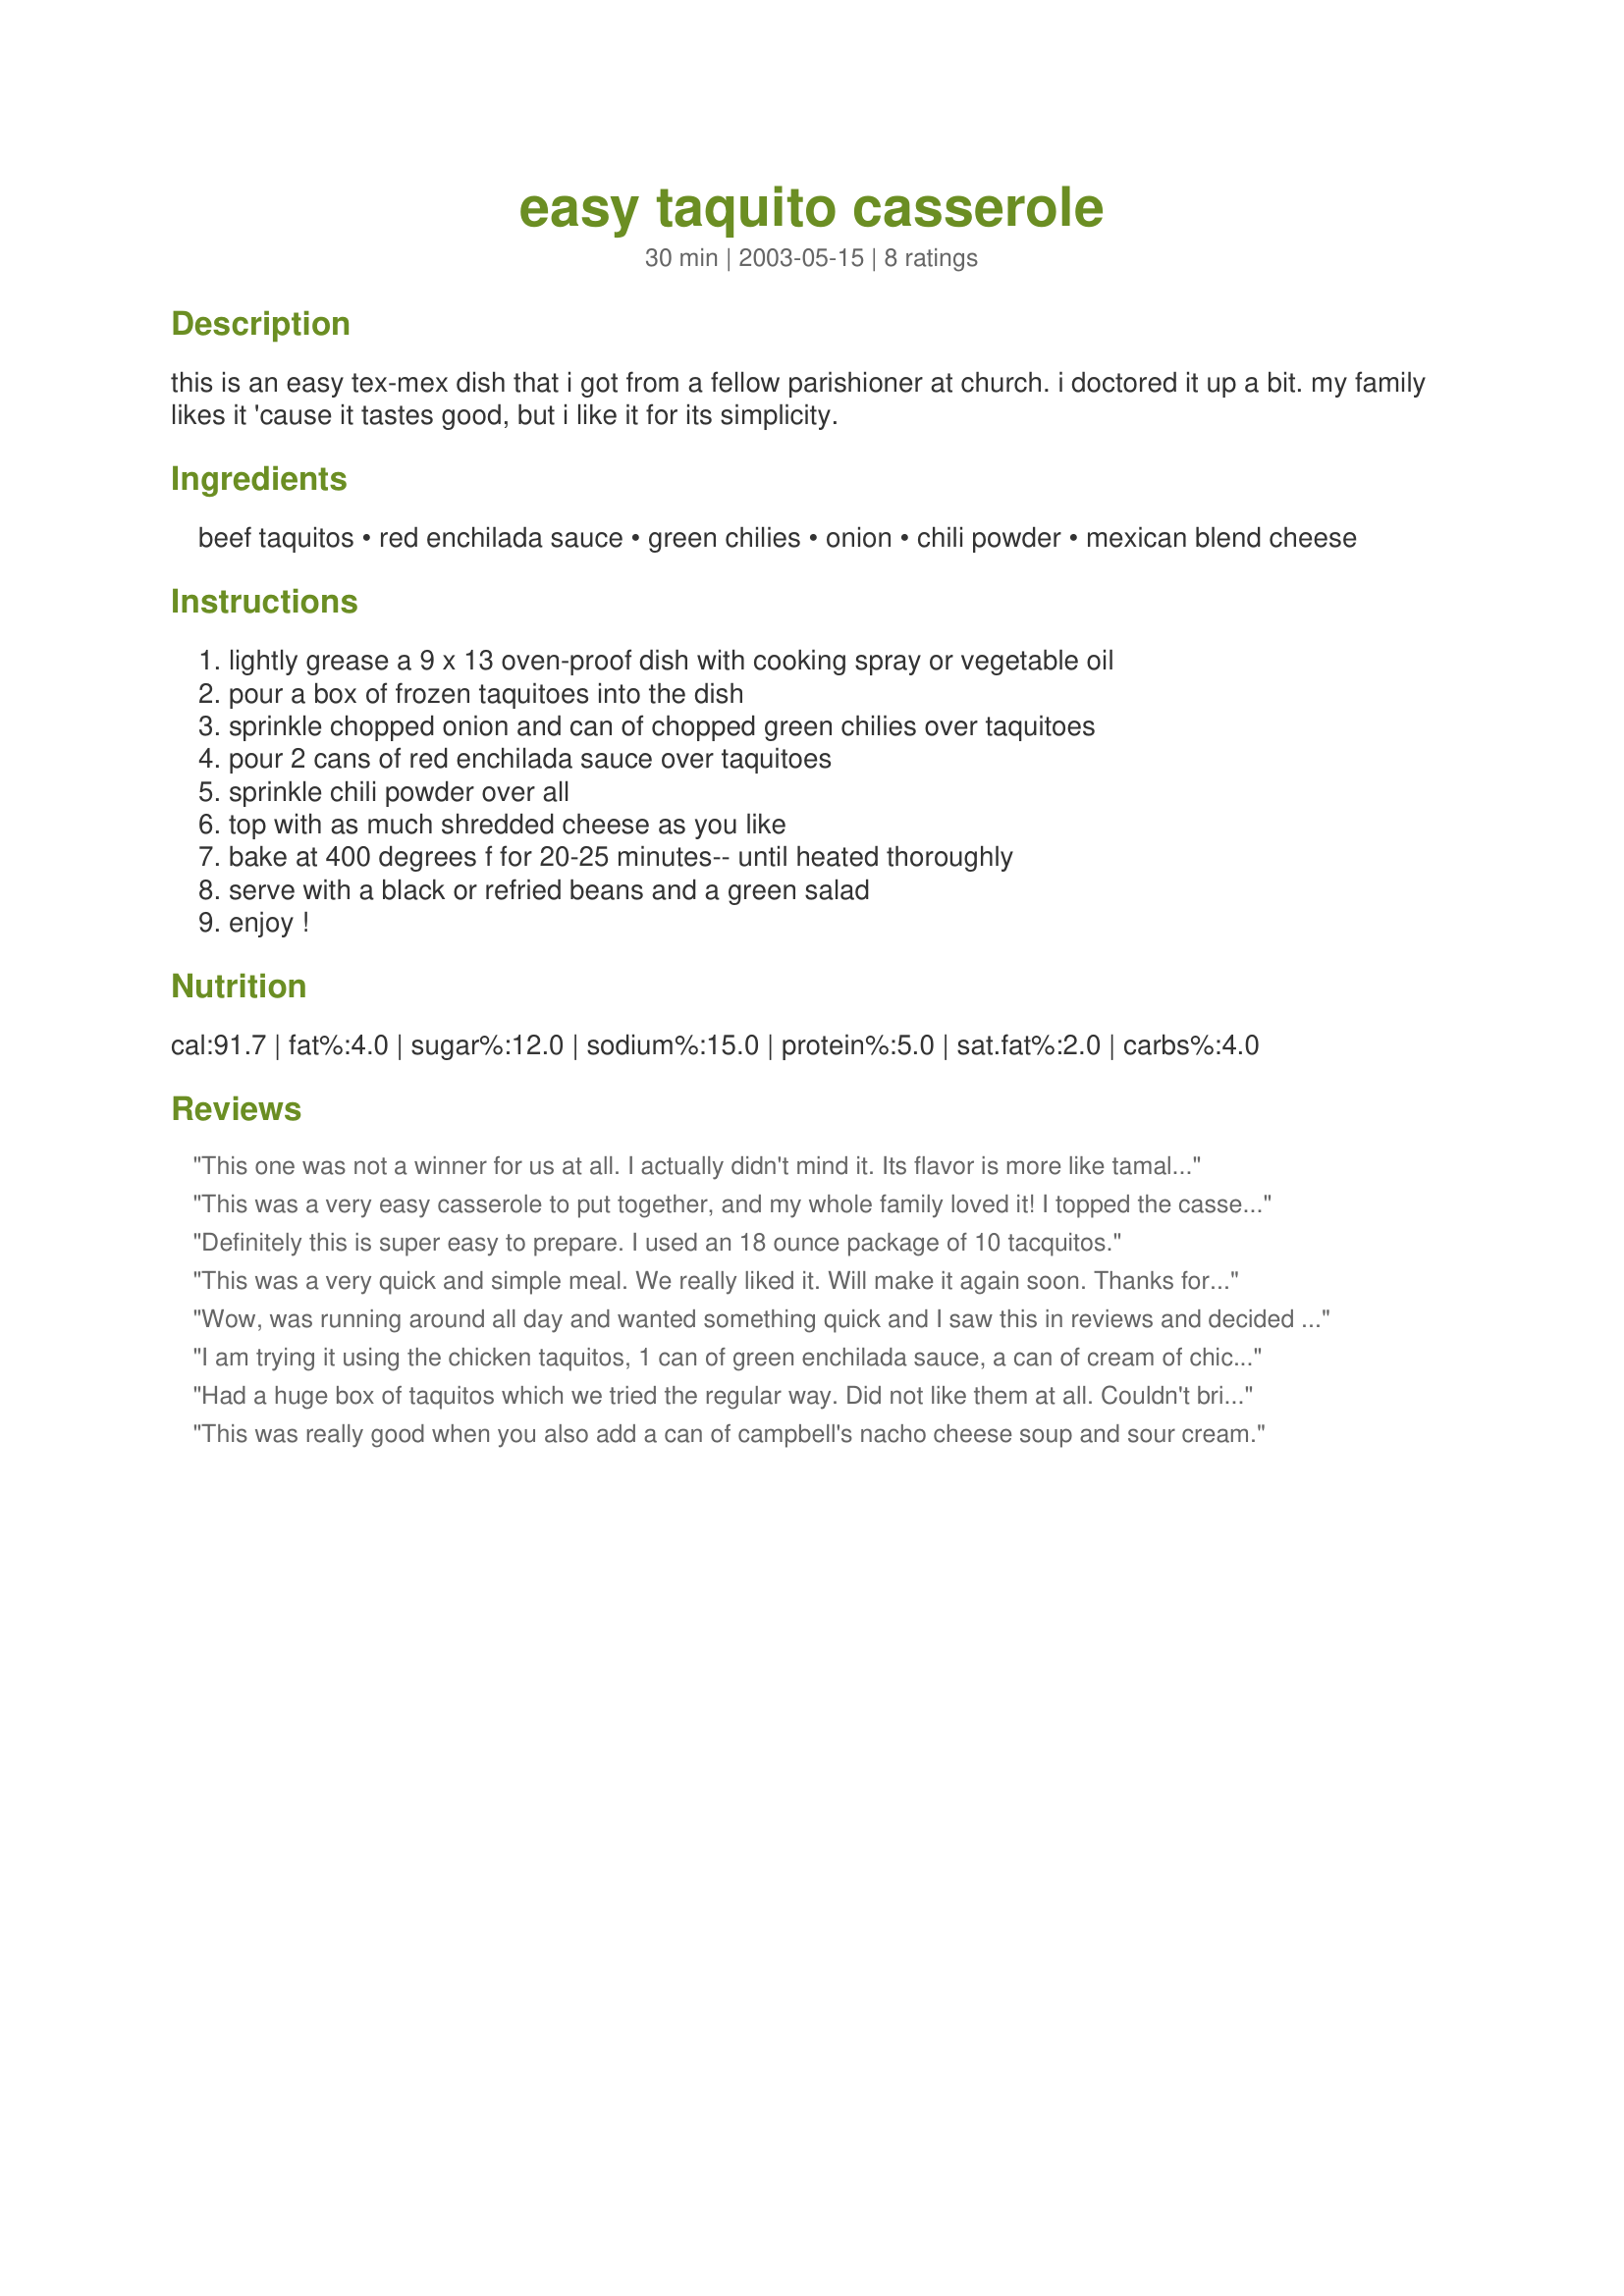
easy taquito casserole
Preparation time: 30 minutes

this is an easy tex-mex dish that i got from a fellow parishioner at church. i doctored it up a bit. my family likes it 'cause it tastes good, but i like it for its simplicity.

Ingredients:
beef taquitos, red enchilada sauce, green chilies, onion, chili powder, mexican blend cheese

Steps:
lightly grease a 9 x 13 oven-proof dish with cooking spray or vegetable oil, pour a box of frozen taquitoes into the dish, sprinkle chopped onion and can of chopped green chilies over taquitoes, pour 2 cans of red enchilada sauce over taquitoes, sprinkle chili powder over all, top with as much shredded cheese as you like, bake at 400 degrees f for 20-25 minutes-- until heated thoroughly, serve with a black or refried beans and a green salad, enjoy !

Reviews:
This one was not a winner for us at all. I actually didn't mind it. Its flavor is more like tamales than the taquitos, though. With all of that enchilada sauce, it was WAY too spicy for the boys. I really think that if you used one can of the sauce and used sour cream in place of the second can, it might be a little better. I didn't like it enough to try to tweek it for our preferences, though.
This was a very easy casserole to put together, and my whole family loved it! I topped the casserole with Cheddar cheese and fresh sliced jalapenos and served it along with Spanish rice! I bet this would also be good made with the chicken taquitos, green enchilada sauce and Monterey Jack cheese! I'll have to try that next time!
Definitely this is super easy to prepare. I used an 18 ounce package of 10 tacquitos.
This was a very quick and simple meal. We really liked it. Will make it again soon. Thanks for posting.
Wow, was running around all day and wanted something quick and I saw this in reviews and decided to try it. The family at first asked what it was and after they tasted it, All I heard was how good it was.

I used a box of 20 chicken taquito's, omitted the onions, used red sauce and add more chili powder and mexican cheese. 

Thank you for a wonderful recipe that wil be used again. highly recommended.
I am trying it using the chicken taquitos, 1 can of green enchilada sauce, a can of cream of chicken soup along with the can of choped green chilis and onions.
Had a huge box of taquitos which we tried the regular way. Did not like them at all. Couldn't bring myself to throw them out, and wondered if i should get brave enough to try to docter them up in a casserole of some sort. Imagine my surprise to find this recipe! Fixed it tonite exactly as written except the taquitos were chicken. So easy and turned out SO GOOD!...much like tamale. Have enough for making it again...yippee!
This was really good when you also add a can of campbell's nacho cheese soup and sour cream.
